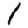
Digit: 1